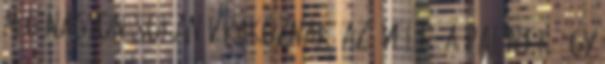
még nagyon sokan várakoznak. Az évelők, a palánták. Így